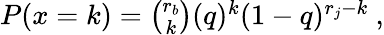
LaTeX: \begin{array}{r}{P(x=k)={\binom{r_{b}}{k}}(q)^{k}(1-q)^{r_{j}-k}\ ,}\end{array}